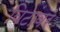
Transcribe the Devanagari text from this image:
विटांवर